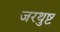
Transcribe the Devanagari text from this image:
जरथुष्ट